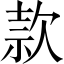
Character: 款